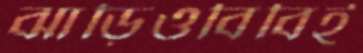
ঝাড়িওবিবিই